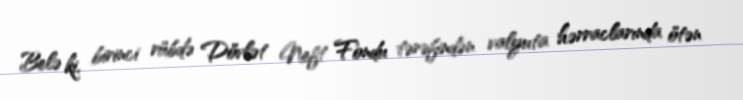
Belə ki, birinci rübdə Dövlət Neft Fondu tərəfindən valyuta hərraclarında ötən